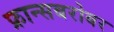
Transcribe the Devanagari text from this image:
फ्रान्सबरोबर